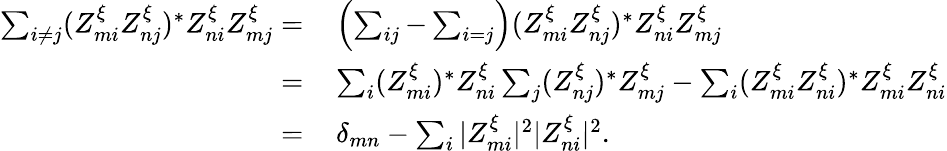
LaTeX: \begin{array}{rl}{\sum_{i\neq j}(Z_{mi}^{\xi}Z_{nj}^{\xi})^{*}Z_{ni}^{\xi}Z_{mj}^{\xi}=\, }&{\left(\sum_{ij}-\sum_{i=j}\right)(Z_{mi}^{\xi}Z_{nj}^{\xi})^{*}Z_{ni}^{\xi}Z_{mj}^{\xi}}\\ {=\, }&{\sum_{i}(Z_{mi}^{\xi})^{*}Z_{ni}^{\xi}\sum_{j}(Z_{nj}^{\xi})^{*}Z_{mj}^{\xi}-\sum_{i}(Z_{mi}^{\xi}Z_{ni}^{\xi})^{*}Z_{mi}^{\xi}Z_{ni}^{\xi}}\\ {=\, }&{\delta_{mn}-\sum_{i}|Z_{mi}^{\xi}|^{2}|Z_{ni}^{\xi}|^{2}.}\end{array}